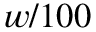
w / 1 0 0